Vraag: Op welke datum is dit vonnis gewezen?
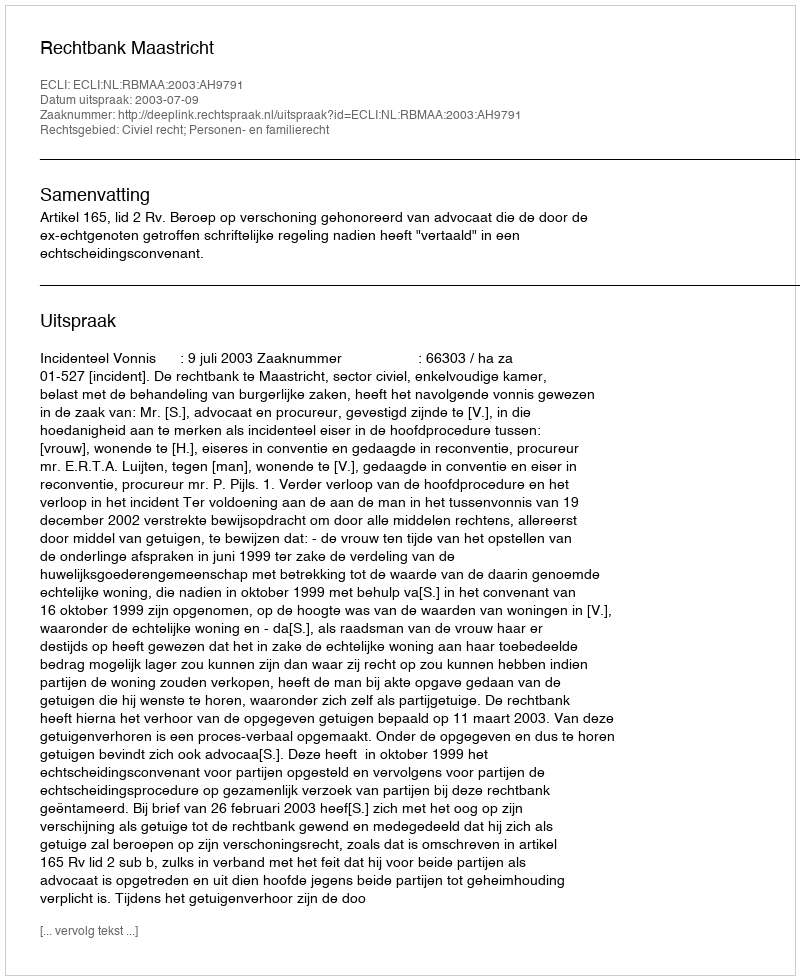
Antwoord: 2003-07-09